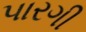
પારગી